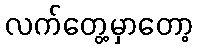
လက်တွေ့မှာတော့